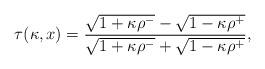
LaTeX: \begin{align*}\tau (\kappa, x) = {\sqrt{1 + \kappa\rho^-} - \sqrt{1 - \kappa\rho^+}\over \sqrt{1 + \kappa\rho^-}+ \sqrt{1 - \kappa \rho^+}},\end{align*}